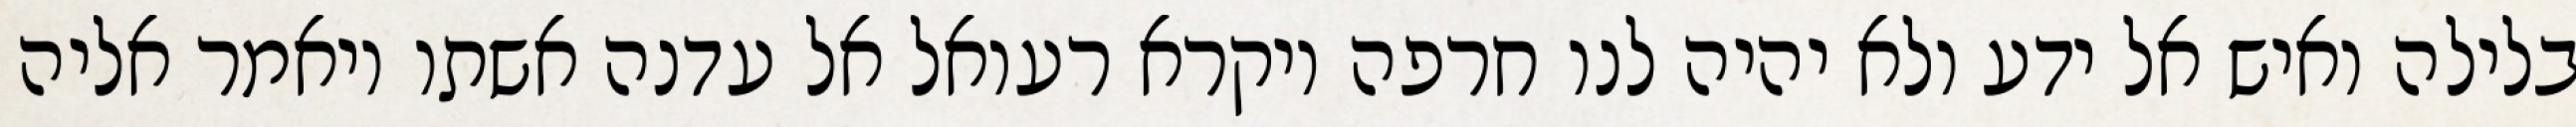
בלילה ואיש אל ידע ולא יהיה לנו חרפה ויקרא רעואל אל עדנה אשתו ויאמר אליה